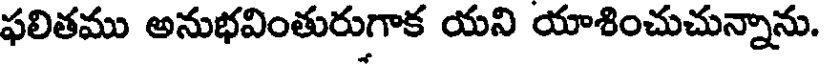
ఫలితము అనుభవింతురుగాక యని యాశించుచున్నాను.